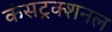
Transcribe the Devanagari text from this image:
कंसट्रक्शनल